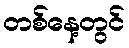
တစ်နေ့တွင်